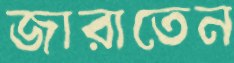
জারাতেন